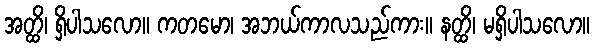
အတ္ထိ၊ ရှိပါသလော။ ကတမော၊ အဘယ်ကာလသည်ကား။ နတ္ထိ၊ မရှိပါသလော။